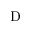
\mathrm { D }